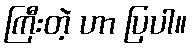
ကြီးတဲ့ ဟာ ပြပါ။